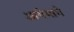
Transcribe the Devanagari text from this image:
आगेमागे